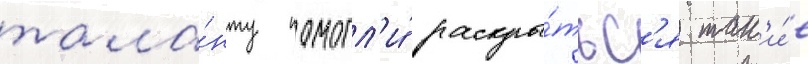
тала́нту помогл'и́ раскры́тьс'я так'и́е